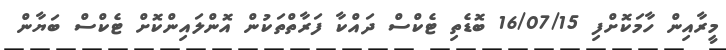
މީރާއިން ހާމަކޮށްފި 16/07/15 ބޮޑެތި ޓެކްސް ދައްކާ ފަރާތްތަކުން އޮންލައިންކޮށް ޓެކްސް ބަޔާން